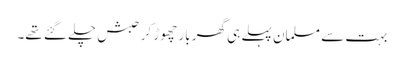
بہت سے مسلمان پہلے ہی گھر بار چھوڑ کر حبش چلے گئے تھے۔